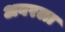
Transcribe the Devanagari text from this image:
अवरला